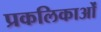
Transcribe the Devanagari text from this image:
प्रकलिकाओं